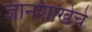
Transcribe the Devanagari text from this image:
ज्ञानशाखेचे